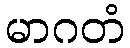
မာဂတံ